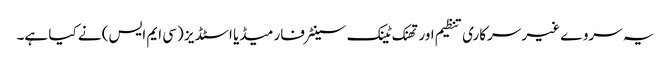
یہ سروے غیر سرکاری تنظیم اور تھنک ٹینک سینٹر فار میڈیا اسٹڈیز (سی ایم ایس) نے کیا ہے۔